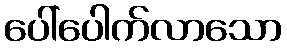
ပေါ်ပေါက်လာသော